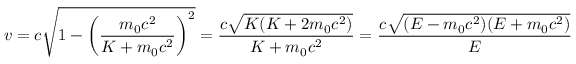
v = c { \sqrt { 1 - \left( { \frac { m _ { 0 } c ^ { 2 } } { K + m _ { 0 } c ^ { 2 } } } \right) ^ { 2 } } } = { \frac { c { \sqrt { K ( K + 2 m _ { 0 } c ^ { 2 } ) } } } { K + m _ { 0 } c ^ { 2 } } } = { \frac { c { \sqrt { ( E - m _ { 0 } c ^ { 2 } ) ( E + m _ { 0 } c ^ { 2 } ) } } } { E } } = { \frac { p c ^ { 2 } } { E } } \, .